system: You are a helpful assistant.
user:
Analyze the provided spectrum to determine if it is a **White Dwarf (WD)**.

A White Dwarf spectrum is defined by its **extreme purity** (due to gravitational settling) and/or **extreme pressure broadening** (due to high surface gravity). You must check for one of the following mutually exclusive signatures:

- **Key Visual Indicators (Check for ONE of these types):**

    - **1. DA-Type Signature (Most Common):**
        - **(Primary Feature):** Extreme pressure broadening (Stark broadening) of the **Hydrogen (H) Balmer lines**.
        - **(Key Lines):** $H\beta$ (approx. $4861$ Å) and $H\gamma$ (approx. $4340$ Å). $H\alpha$ (approx. $6563$ Å) will also be present if the wavelength range covers it.
        - **(Line Profile):** This is the **defining feature**. The lines are **NOT** sharp. They appear as massive, **extremely broad and deep "troughs" or "dips"** in the spectrum, often hundreds of Ångströms wide. The continuum will appear to "scoop" down at these wavelengths.
        - **(Distinction):** Normal A-type or B-type stars have *narrow* and *sharp* Hydrogen lines. A DA White Dwarf's lines are unmistakably "smeared" or "blurry" from pressure.

    - **2. DB-Type Signature:**
        - **(Primary Feature):** Broad absorption lines from **Neutral Helium (He I)**. The spectrum must lack any visible Hydrogen lines.
        - **(Key Lines):** Look for broad absorption near $4471$ Å, $4921$ Å, and $5876$ Å.
        - **(Line Profile):** These lines are also significantly pressure-broadened, appearing much wider than they would in a normal B-type main-sequence star.

    - **3. DC-Type Signature:**
        - **(Primary Feature):** A **featureless continuous spectrum**.
        - **(Line Profile):** The spectrum is a smooth curve with **no significant absorption or emission lines**.
        - **(Key Confirmation):** The continuum is almost always **blue or white**, indicating a hot object. This signature implies the atmosphere is so pure (or so cool) that no spectral lines are visible in the optical range. Its WD identity is confirmed by its extremely low intrinsic brightness (high absolute magnitude).

    - **4. DZ-Type Signature (Metal-Polluted):**
        - **(Primary Feature):** **Isolated, narrow metal absorption lines** on an otherwise featureless (DC-like) continuum.
        - **(Key Lines):** The **Calcium (Ca II) H & K doublet** (approx. **$3934$ Å** and **$3968$ Å**) is the most common and defining feature.
        - **(Line Profile):** These lines are "out of place." They are *not* part of a "forest" of thousands of lines. This signature is evidence of recent *accretion* (pollution) from rocky debris.
        - **(Distinction):** Normal G/K/M stars have a *dense forest* of thousands of metal lines. A DZ has a *clean* continuum with *only a few* strong metal lines.

    - **5. DQ-Type Signature (Carbon-Polluted):**
        - **(Primary Feature):** Absorption bands from **Carbon (C₂ "Swan Bands" or atomic C I)**.
        - **(Key Lines - C₂):** Look for bandheads with a "saw-tooth" shape near $5635$ Å, **$5165$ Å** (strongest), and $4737$ Å.
        - **(Key Confirmation):** The underlying **continuum must be blue or white** (hot).
        - **(Distinction):** This is the critical difference from a **Carbon Star**, which has the *exact same* C₂ bands but on an extremely **red, cool** continuum.

- **(Overall Spectrum):**
    - The continuum (overall shape) is typically **blue-sloping** (brighter in the blue than the red), as most white dwarfs are very hot.
    - The spectrum will look "pure" or "simple," dominated by only *one* of the five signatures listed above.

Think first, call **spectral_visualization_tool** if needed to examine features in detail, then provide your final answer. Your response must adhere to the following strict rules:
1.  **Overall Structure:** Your response must follow the format `<think>...</think> <tool_call>...</tool_call> (if a tool is used) <answer>...</answer>`.
2.  **Tool Usage Constraint:** You may only make **one** tool call per turn.
3.  **Final Answer Format:** In the `<answer>` tag, your conclusion must be inside a `\boxed{}` command (e.g., `\boxed{YES}` or `\boxed{NO}`), followed by your justification.

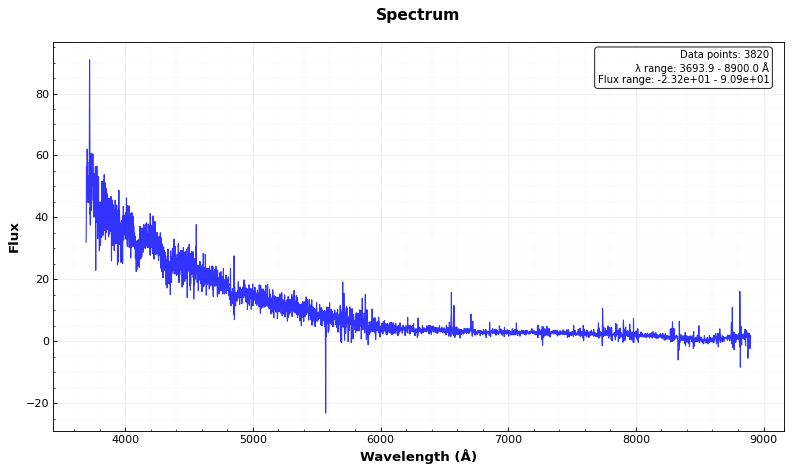
Answer: YES